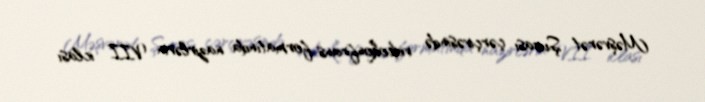
Məşvərət Şurası çərçivəsində videokonfrans formatında nazirlərin VII iclası